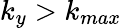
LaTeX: k_{y}>k_{max}